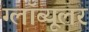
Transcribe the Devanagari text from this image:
ग्लॉब्यूलर